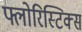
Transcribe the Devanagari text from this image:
फ्लोरिस्टिक्स